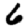
Digit: 6